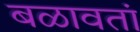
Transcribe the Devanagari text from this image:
बळावतां